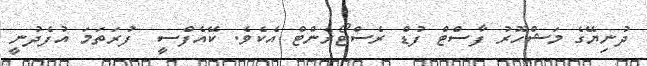
ދުނިޔޭގެ މަޝްހޫރު ފާސްޓް ފުޑް ރެސްޓޯރެންޓް އެކެވެ. ކޭއެފްސީ  ފުރަތަމަ އުފެދުނީ